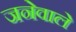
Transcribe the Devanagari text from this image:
जनेवाले